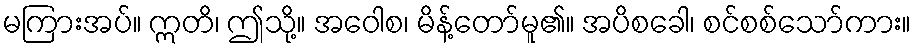
မကြားအပ်။ ဣတိ၊ ဤသို့။ အဝေါစ၊ မိန့်တော်မူ၏။ အပိစခေါ၊ စင်စစ်သော်ကား။